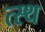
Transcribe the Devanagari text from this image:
त्स्थ